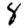
Digit: 8